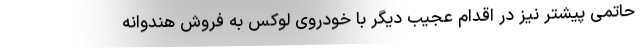
حاتمی پیشتر نیز در اقدام عجیب دیگر با خودروی لوکس به فروش هندوانه‌